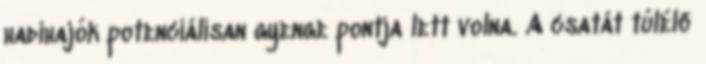
hadihajók potenciálisan gyenge pontja lett volna. A csatát túlélő